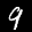
Label: 9